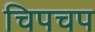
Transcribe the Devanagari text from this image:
चिपचप